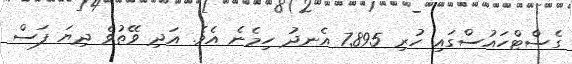
ގެސްޓްހައުސްގައި ހުރި 7